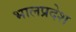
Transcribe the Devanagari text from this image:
भालप्रदेश